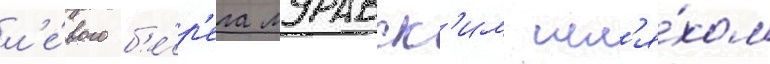
л'е́вого б'е́р'ега муравск'им шл'я́хом